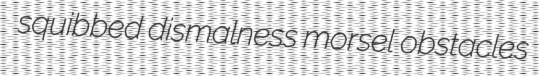
squibbed dismalness morsel obstacles